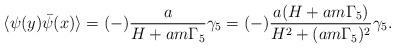
LaTeX: \begin{align*}\langle\psi(y)\bar{\psi}(x)\rangle=(-)\frac{a}{H+am\Gamma_{5}}\gamma_{5}=(-)\frac{a(H+am\Gamma_{5})}{H^{2}+(am\Gamma_{5})^{2}}\gamma_{5}.\end{align*}